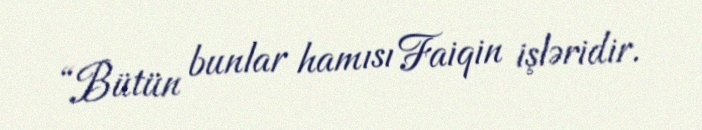
“Bütün bunlar hamısı Faiqin işləridir.